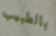
بالطبيب